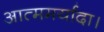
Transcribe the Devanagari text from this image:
आत्ममर्यादा।